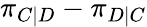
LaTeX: \pi_{C|D}-\pi_{D|C}